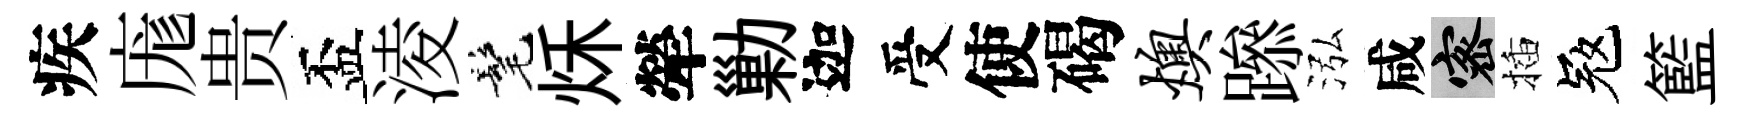
疾庬贵盃淩髦秌犖勦迦受使碣燠𨅶泓咸密插冦籃